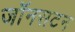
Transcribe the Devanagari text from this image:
जॉनसटन